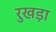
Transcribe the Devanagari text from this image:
रुखड़ा